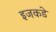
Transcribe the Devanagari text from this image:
इजकडे